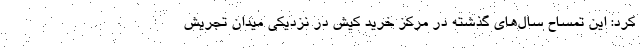
کرد: این تمساح سال‌های گذشته در مرکز خرید کیش در نزدیکی میدان تجریش